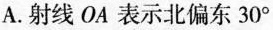
A.射线OA表示北偏东30°